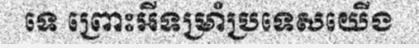
ទេ ព្រោះអីទម្រាំប្រទេសយើង